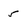
Character: 5